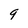
Character: 9